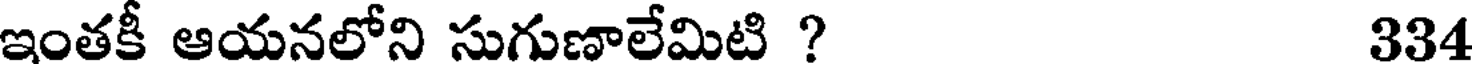
ఇంతకీ ఆయనలోని సుగుణాలేమిటి ? 334